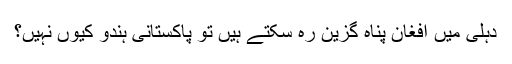
دہلی میں افغان پناہ گزین رہ سکتے ہیں تو پاکستانی ہندو کیوں نہیں؟